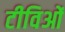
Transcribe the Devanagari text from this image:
टीविओं